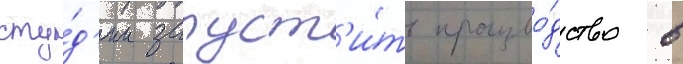
сту́д'ии запуст'и́ть произво́дство в